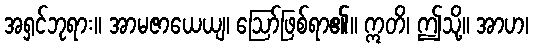
အရှင်ဘုရား။ အာမဇာယေယျ၊ ဩော်ဖြစ်ရာ၏။ ဣတိ၊ ဤသို့။ အာဟ၊